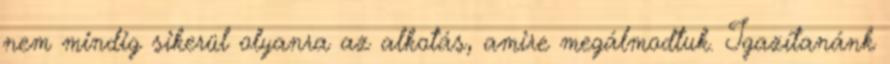
nem mindig sikerül olyanra az alkotás, amire megálmodtuk. Igazítanánk